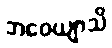
ဘဝေယျာသိ